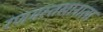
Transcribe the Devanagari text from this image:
रणमस्तखानाला